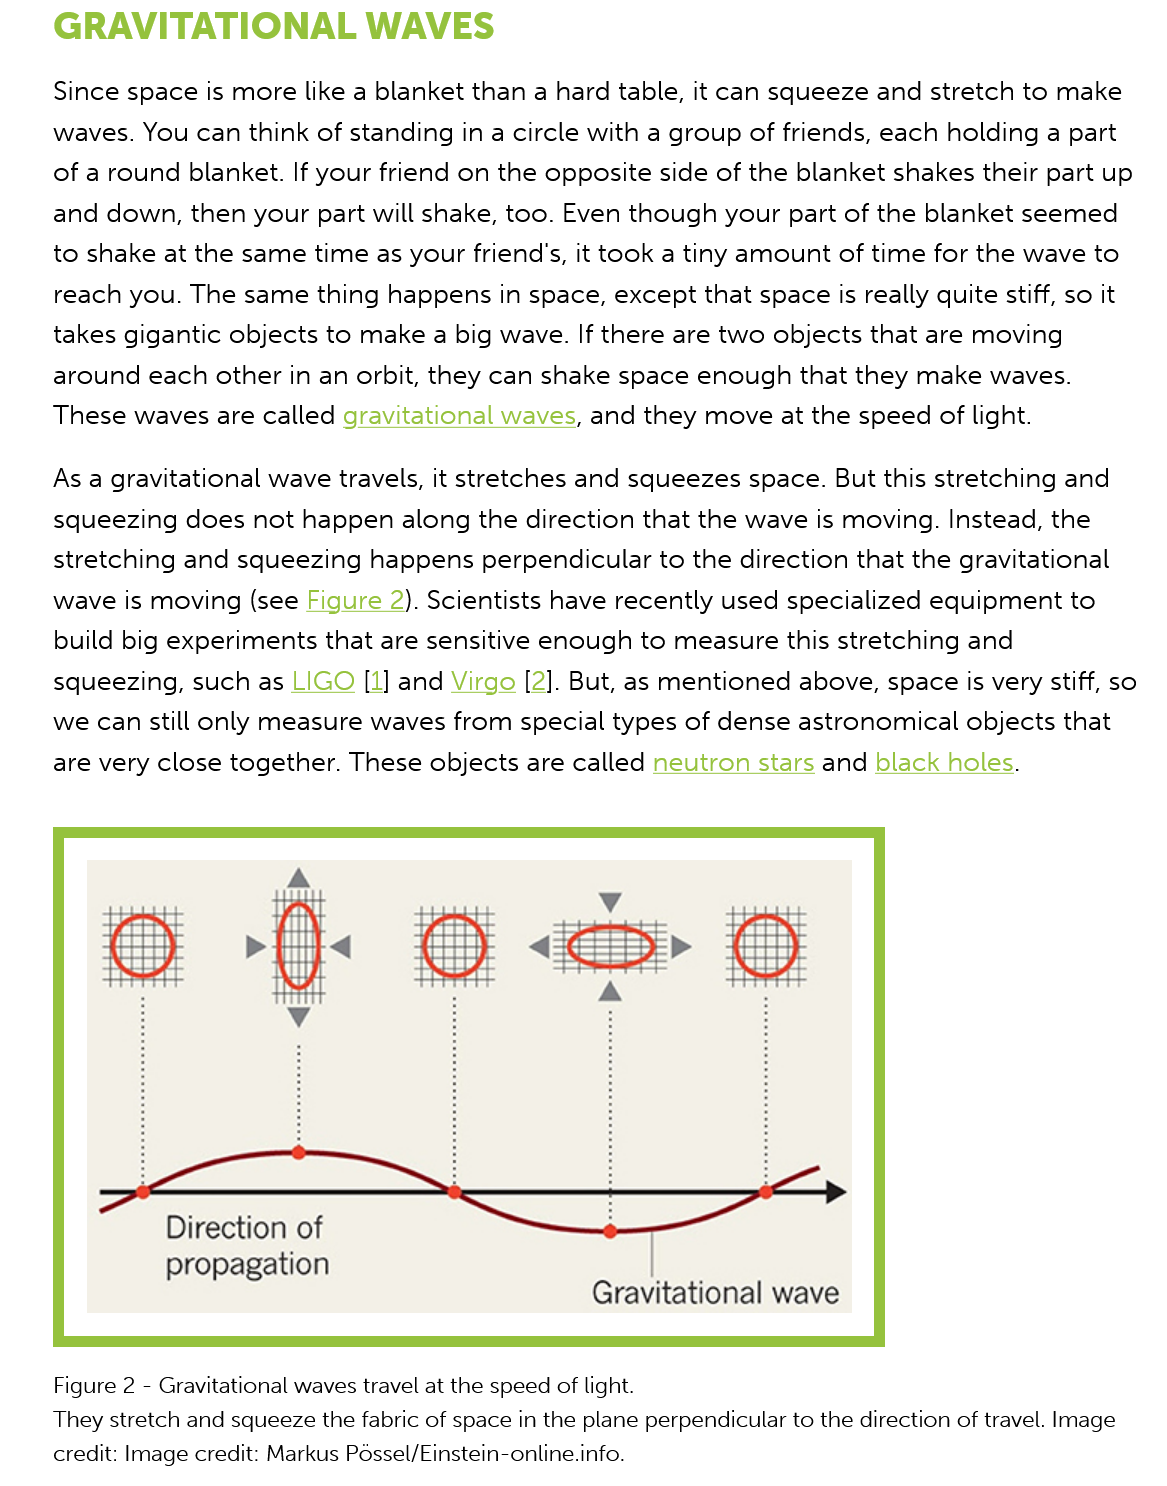
GRAVITATIONAL    WAVES
     Since space  is more like a blanket than a hard table, it can squeeze and stretch to make
     waves. You  can think of standing in a circle with a group of friends, each holding a part
     of a round blanket. If your friend on the opposite side of the blanket shakes their part up
     and down, then   your part will shake, too. Even though your part of the blanket seemed
     to shake at the same  time as your friend's, it took a tiny amount of time for the wave to
     reach you. The  same thing  happens in space, except  that space is really quite stiff, so it
     takes gigantic objects to make a big wave. If there are two objects that are moving
     around  each other in an orbit, they can shake space enough that  they  make  waves.
     These  waves are called gravitational waves, and they move at  the speed of light.
     As a gravitational wave travels, it stretches and squeezes space. But this stretching and
     squeezing  does  not happen along  the direction that the wave is moving. Instead, the
     stretching and squeezing  happens   perpendicular to the direction that the gravitational
     wave  is moving (see Figure  2). Scientists have recently used specialized equipment to
     build big experiments  that are sensitive enough to measure this stretching and
     squeezing,  such as LIGO  [1] and Virgo [2]. But, as mentioned above, space is very stiff, so
     we  can still only measure waves from  special types of dense astronomical objects  that
     are very close together. These objects are called neutron stars and black holes.
     Figure 2
     -
     Gravitational waves travel at the speed of light.
     They stretch and squeeze the fabric of space in the plane perpendicular to the direction of travel. Image
     credit: Image credit: Markus Possel/Einstein-online.info.